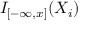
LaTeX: I _ { [ - \infty , x ] } ( X _ { i } )